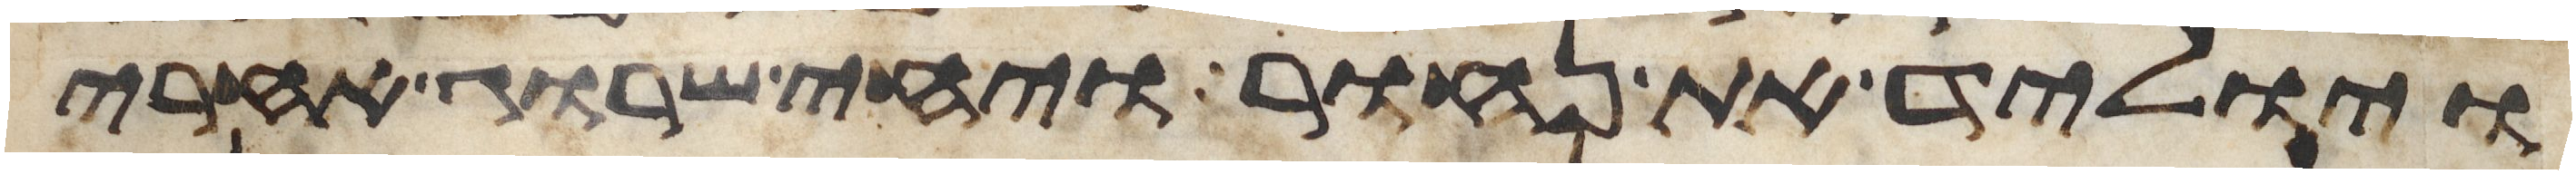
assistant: ויוליד את נחור ויחי שרוג אחרי